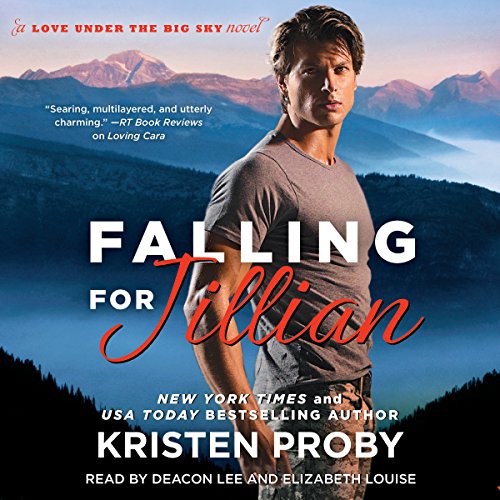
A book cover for Falling for Jillian; Kristen Proby; Romance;